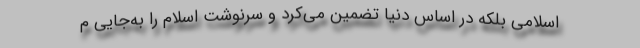
اسلامی بلکه در اساس دنیا تضمین می‌کرد و سرنوشت اسلام را به‌جایی م